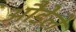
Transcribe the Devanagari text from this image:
औडेले